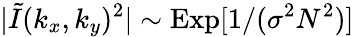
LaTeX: |\tilde{I}(k_{x},k_{y})^{2}|\sim\mathrm{Exp}[1/(\sigma^{2}N^{2})]